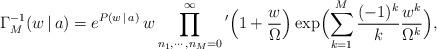
LaTeX: \begin{align*}\Gamma^{-1}_M(w\,|\,a) = e^{P(w\,|\,a)}\,w\prod\limits_{n_1,\cdots , n_M=0}^\infty{}' \Bigl(1+\frac{w}{\Omega}\Bigr)\exp\Bigl(\sum_{k=1}^M \frac{(-1)^k}{k}\frac{w^k}{\Omega^k}\Bigr), \end{align*}